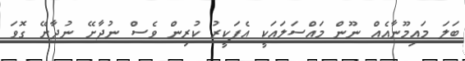
ބަލަ މައިމޫނާއެއް ނޫން މައްސަލައަކީ އެފަކީރު ކުރިން ވެސް ނުދާށޭ ނުދާށޭ ގޮވަ